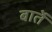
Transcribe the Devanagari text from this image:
बार्ते